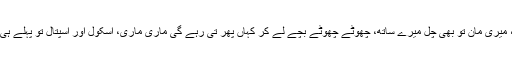
وہیں جاؤں گی، میری مان تْو بھی چل میرے ساتھ، چھوٹے چھوٹے بچے لے کر کہاں پھر تی رہے گی ماری ماری، اسکول اور اسپتال تو پہلے ہی بھر چْکے ہیں۔